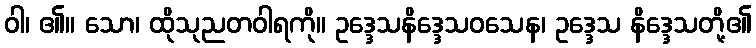
ဝါ၊ ၏။ သော၊ ထိုသုညတဝါရကို။ ဥဒ္ဒေသနိဒ္ဒေသဝသေန၊ ဥဒ္ဒေသ နိဒ္ဒေသတို့၏